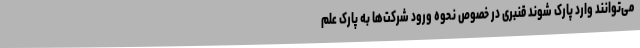
می‌توانند وارد پارک شوند قنبری در خصوص نحوه ورود شرکت‌ها به پارک علم